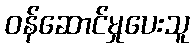
ဝန်ဆောင်မှုပေးသူ